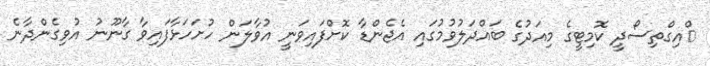
ްއިގްތިސޯދީ ކޮމިޓީގެ މިއަދުގެ ބައްދަލުވުމުގައި އެޖެންޑާ ކޮށްފައިވަނީ އުވާލަން ހުށަހަޅާފައިވާ ގާނޫނު އުވިގެންދާނެ